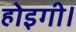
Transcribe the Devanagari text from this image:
होइगी।